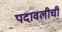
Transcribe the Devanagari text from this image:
पदावलीची